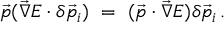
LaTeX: \vec { p } ( \vec { \nabla } E \cdot \delta \vec { p } _ { i } ) \ = \ ( \vec { p } \cdot \vec { \nabla } E ) \delta \vec { p } _ { i } \, .